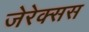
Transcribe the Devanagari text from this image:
जेरेक्सस